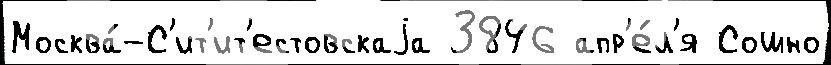
Москва́-С'ит'ит'естовскаjа 3846 апр'е́л'я Сошно